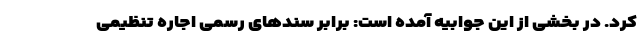
کرد. در بخشی از این جوابیه آمده است: برابر سندهای رسمی اجاره تنظیمی